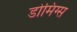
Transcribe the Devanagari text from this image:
डोमिंग्स